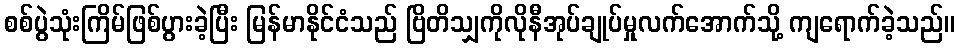
စစ်ပွဲသုံးကြိမ်ဖြစ်ပွားခဲ့ပြီး မြန်မာနိုင်ငံသည် ဗြိတိသျှကိုလိုနီအုပ်ချုပ်မှုလက်အောက်သို့ ကျရောက်ခဲ့သည်။